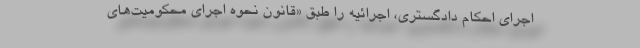
اجرای احکام دادگستری، اجرائیه را طبق «قانون نحوه اجرای محکومیت‌های